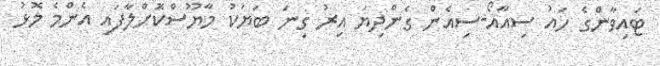
ޓައިވާންގެ ހައު ސިއާއޯ-ސިއެން ގެންދިޔަ އިރު ގިނަ ބަޔަކު މާޔޫސްކޮށްލާފައި އެންމެ މޮޅު